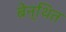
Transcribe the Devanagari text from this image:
बेन्थित